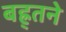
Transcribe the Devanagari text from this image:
बह्र्तने